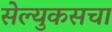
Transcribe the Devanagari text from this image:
सेल्युकसचा